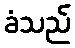
ခံသည်